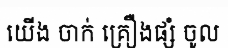
យើង ចាក់ គ្រឿងផ្សំ ចូល